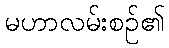
မဟာလမ်းစဉ်၏